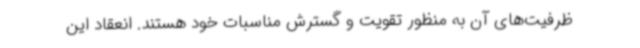
ظرفیت‌های آن به منظور تقویت و گسترش مناسبات خود هستند. انعقاد این